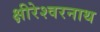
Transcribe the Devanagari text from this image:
क्षीरेश्वरनाथ